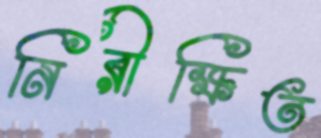
নিরীক্ষিত